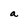
Character: a